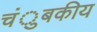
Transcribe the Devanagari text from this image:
चंुबकीय